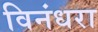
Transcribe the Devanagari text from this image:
विनंधरा